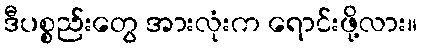
ဒီပစ္စည်းတွေ အားလုံးက ရောင်းဖို့လား။